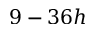
9 - 3 6 h